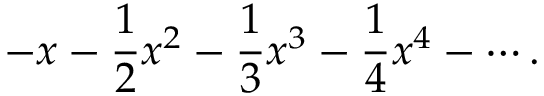
- x - { \frac { 1 } { 2 } } x ^ { 2 } - { \frac { 1 } { 3 } } x ^ { 3 } - { \frac { 1 } { 4 } } x ^ { 4 } - \cdots .